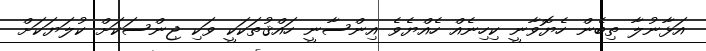
އަޅާނުލާ ތިބެން ހެޔޮވާނީ ކިހިނެއް ހެއްޔެވެ އިންސާނީ ހައްޤުތަކަކީ ވަކި ޖިންސަކަށް ކުލަޔަކަށް